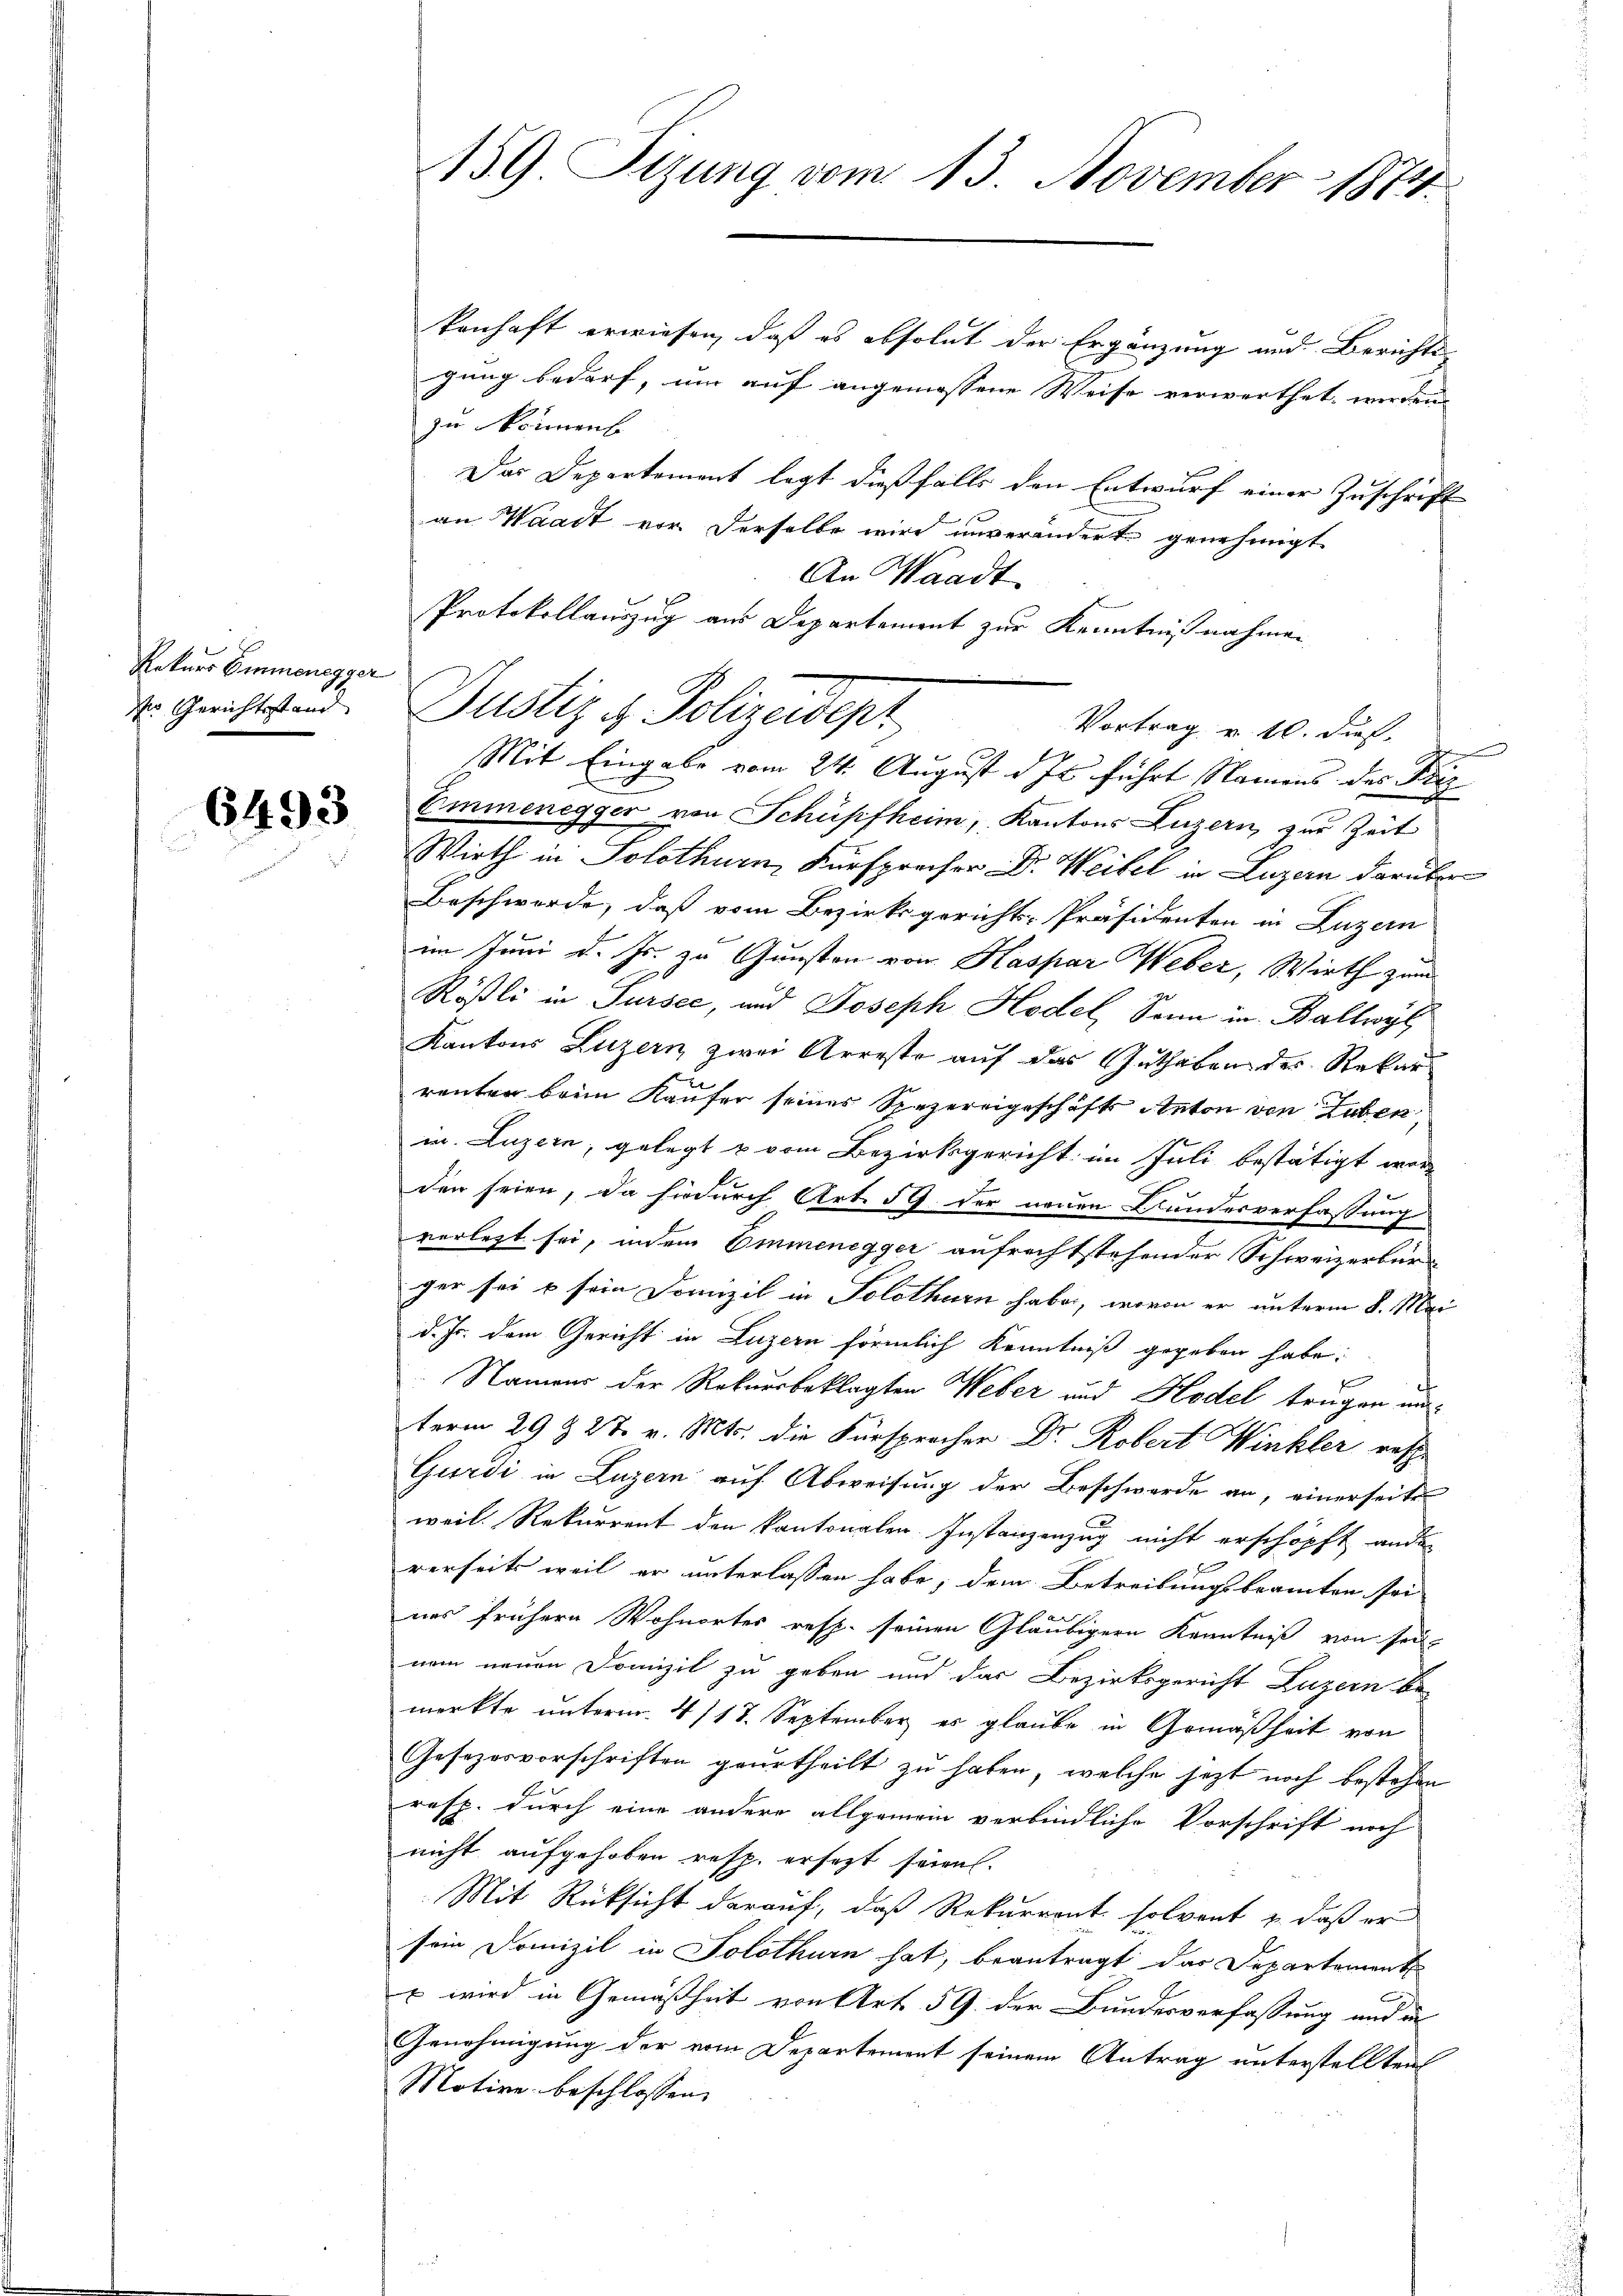
Rekurs Emmenegger
der Gerichtsstand

6493

kenhaft erwiesen, daß es absolut der Ergänzung und Berichts-
gung bedarf, um auf angemessene Weise verwerthet werden
zu einenb
Das Departement legt dießfalls den Entwurf einer Zuschrift
an Waadt vor derselbe wird unveränderte genehmigt
An Waadt
Vortrag v. 10. Dist.
Mit Eingabe vom 24. August d. Js. führt Namens des Friz
Emmenegger von Schüpfheim, Kantons Luzern, zur Zeit
Wirth in Solothurn, Fürspreiser Dr. Weibel in Luzern darüber
Beschwerde, daß vom Bezirksgerichts-Präsidenten in Luzern
im Juni d. Js. zu Gunsten von Kaspar Weber, Wirth zum
Rößli in Sursee, und Joseph Hodel, Sonn in Ballwyl
Kantons Luzern zwei Arreste auf das Guthaben des Rekar
renter brun Käufer seines Spezereigeschäfts Anton von Tuben,
mn. Luzern, gelegt u vom Bezirksgericht im Juli bestätigt werde
f
den seien, da hiedurch Art. 59 der neuen Bundesverfassung
verlegt sei, indem Emmenegger aufrechtstehender Schweizerbür
ger sei & sein Domizil in Solothurn habe, wovon er unterm 8. Mai
d. Js. dem Gericht in Luzern förmlich Kenntniß gegeben habe.
Namens der Rekursbeklagten Weber und Hodel trügen unterm 29 & 27. v. Mts. die Fürsprocher Dr. Robert Winkler resp
Gurdi in Luzern auf Abweisung der Beschwerde an, einerseite
weil. Rekurrent den kantonalen Instanzenzug nicht erschöpft ander
F
rerseits weil er unterlassen habe, dem Betreibungsbeamten sei
nes frühere Wohnortes resp. seinen Gläubigern Kenntniß von seinem neuen Domizil zu geben und das Bezirksgericht Luzern be-
merkte unterm 4/18. September es glaube in Gemäßheit von
Gesezesvorschriften geurtheilt zu haben, welche jetzt noch bestehen
resp. durch eine andere allgemein verbindliche Vorschrift noch
nicht aufgehoben resp. ersetzt seien.
Mit Rücksicht darauf, daß Rekurrent solvent & daß er
sein Domizil in Solothurn hat, beantragt das Departement
x wird in Gemäßheit von Art. 59 der Bundesverfassung und in
Genehmigung der vom Departement seinem Antrag unterstellten
Motive beschlossen, |

159. Sizung vom 13. November 1874.

Protokollauszug aus Departement zur Kenntnißnahmen,
Justiz & Polizeidept